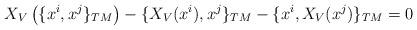
LaTeX: \begin{align*}X_{V}\left(\{x^i,x^j\}_{TM}\right)&-\{X_{V}(x^i),x^j\}_{TM}-\{x^i,X_{V}(x^j)\}_{TM}=0\end{align*}